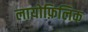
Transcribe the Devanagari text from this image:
लायोफ़िलिक